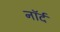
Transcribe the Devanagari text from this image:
नॉर्द